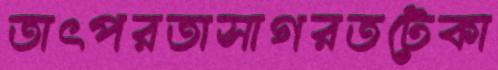
তাৎপরতাসাগরতটেকা